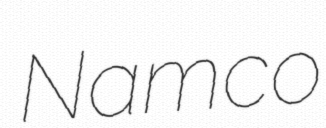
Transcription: Namco